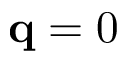
\mathbf q = 0